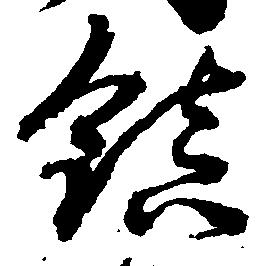
鎮